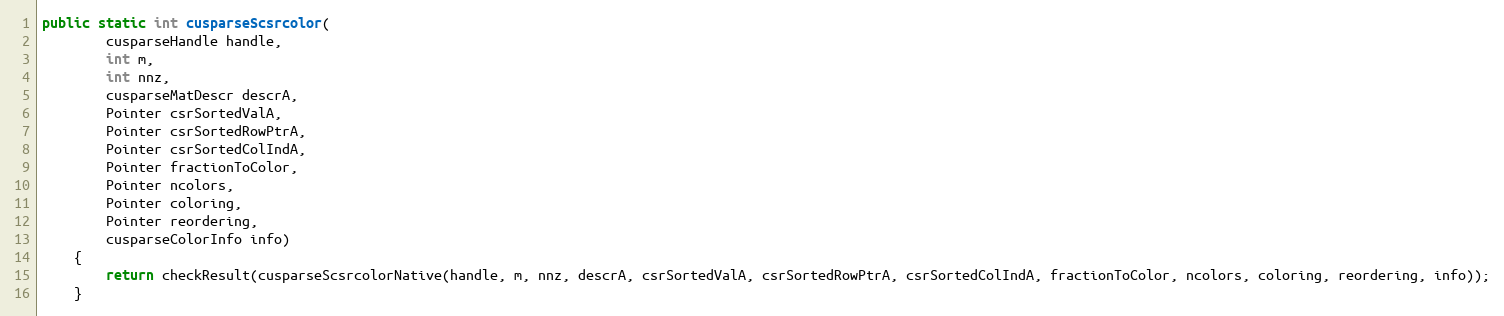
Language: Java
public static int cusparseScsrcolor(
        cusparseHandle handle,
        int m,
        int nnz,
        cusparseMatDescr descrA,
        Pointer csrSortedValA,
        Pointer csrSortedRowPtrA,
        Pointer csrSortedColIndA,
        Pointer fractionToColor,
        Pointer ncolors,
        Pointer coloring,
        Pointer reordering,
        cusparseColorInfo info)
    {
        return checkResult(cusparseScsrcolorNative(handle, m, nnz, descrA, csrSortedValA, csrSortedRowPtrA, csrSortedColIndA, fractionToColor, ncolors, coloring, reordering, info));
    }